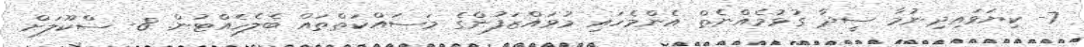
7- ކިޔަވައިދިނުމާ ސީދާ ގުޅުމެއްނެތް އެންމެހައި މުވައްޒަފުންގެ މަސައްކަތްތައް ބެލެހެއްޓުން. 8- ސްކޫލަށް